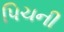
પિચની